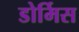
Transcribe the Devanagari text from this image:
डोर्मिस